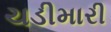
ચડીમારી